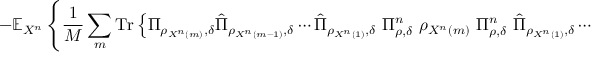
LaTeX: - \mathbb { E } _ { X ^ { n } } \left\{ { \frac { 1 } { M } } \sum _ { m } { \mathrm { T r } } \left\{ \Pi _ { \rho _ { X ^ { n } \left( m \right) } , \delta } { \hat { \Pi } } _ { \rho _ { X ^ { n } \left( m - 1 \right) } , \delta } \cdots { \hat { \Pi } } _ { \rho _ { X ^ { n } \left( 1 \right) } , \delta } \ \Pi _ { \rho , \delta } ^ { n } \ \rho _ { X ^ { n } \left( m \right) } \ \Pi _ { \rho , \delta } ^ { n } \ { \hat { \Pi } } _ { \rho _ { X ^ { n } \left( 1 \right) } , \delta } \cdots { \hat { \Pi } } _ { \rho _ { X ^ { n } \left( m - 1 \right) } , \delta } \Pi _ { \rho _ { X ^ { n } \left( m \right) } , \delta } \right\} \right\} .